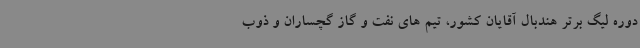
دوره لیگ برتر هندبال آقایان کشور، تیم های نفت و گاز گچساران و ذوب